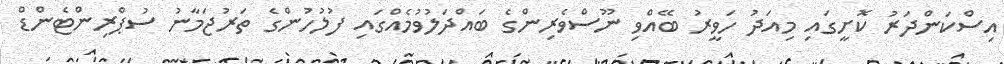
އިސްކަންދަރު ކޮށީގައި މިއަދު ހަވީރު ބޭއްވި ނޫސްވެރިންގެ ބައްދަލުވުމެއްގައި ފުލުހުންގެ ތަރުޖަމާނު ސުޕްރިންޓެންޑް